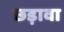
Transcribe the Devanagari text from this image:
छड़ावा